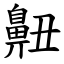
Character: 䶊